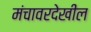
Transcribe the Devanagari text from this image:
मंचावरदेखील